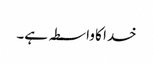
خدا کا واسطہ ہے۔